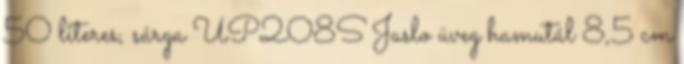
50 literes, sárga UP208S Jaslo üveg hamutál 8,5 cm